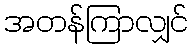
အတန်ကြာလျှင်